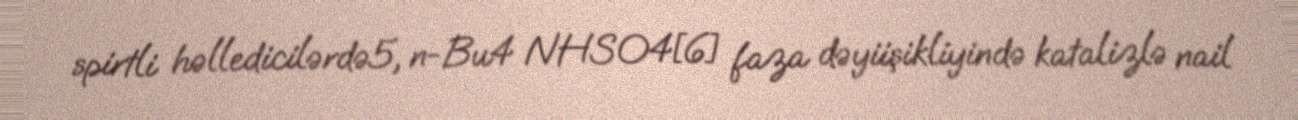
spirtli həlledicilərdə5, n-Bu4 NHSO4[6] faza dəyiişikliyində katalizlə nail